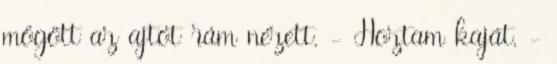
mögött az ajtót rám nézett. - Hoztam kaját. -